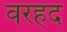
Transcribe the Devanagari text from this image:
वरहद